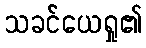
သခင်ယေရှု၏